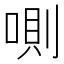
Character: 𠷌